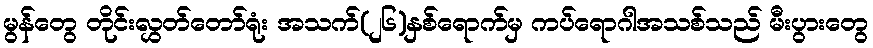
မွန်တွေ တိုင်းလွှတ်တော်ရုံး အသက်(၂၆)နှစ်ရောက်မှ ကပ်ရောဂါအသစ်သည် မီးပွားတွေ